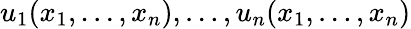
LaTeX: u_{1}(x_{1},\dots,x_{n}),\dots,u_{n}(x_{1},\dots,x_{n})